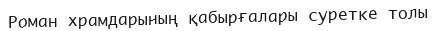
Роман храмдарының қабырғалары суретке толы